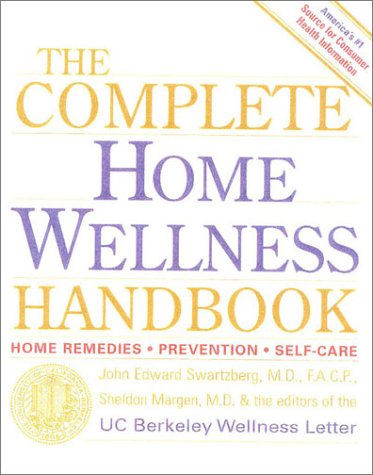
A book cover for The Complete Home Wellness Handbook; John Edward Swartzberg; Health, Fitness & Dieting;